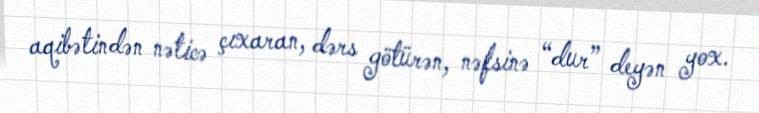
aqibətindən nəticə çıxaran, dərs götürən, nəfsinə “dur” deyən yox.